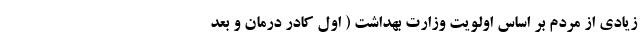
زیادی از مردم بر اساس اولویت وزارت بهداشت ( اول کادر درمان و بعد